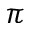
\pi